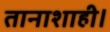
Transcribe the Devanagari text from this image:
तानाशाही।